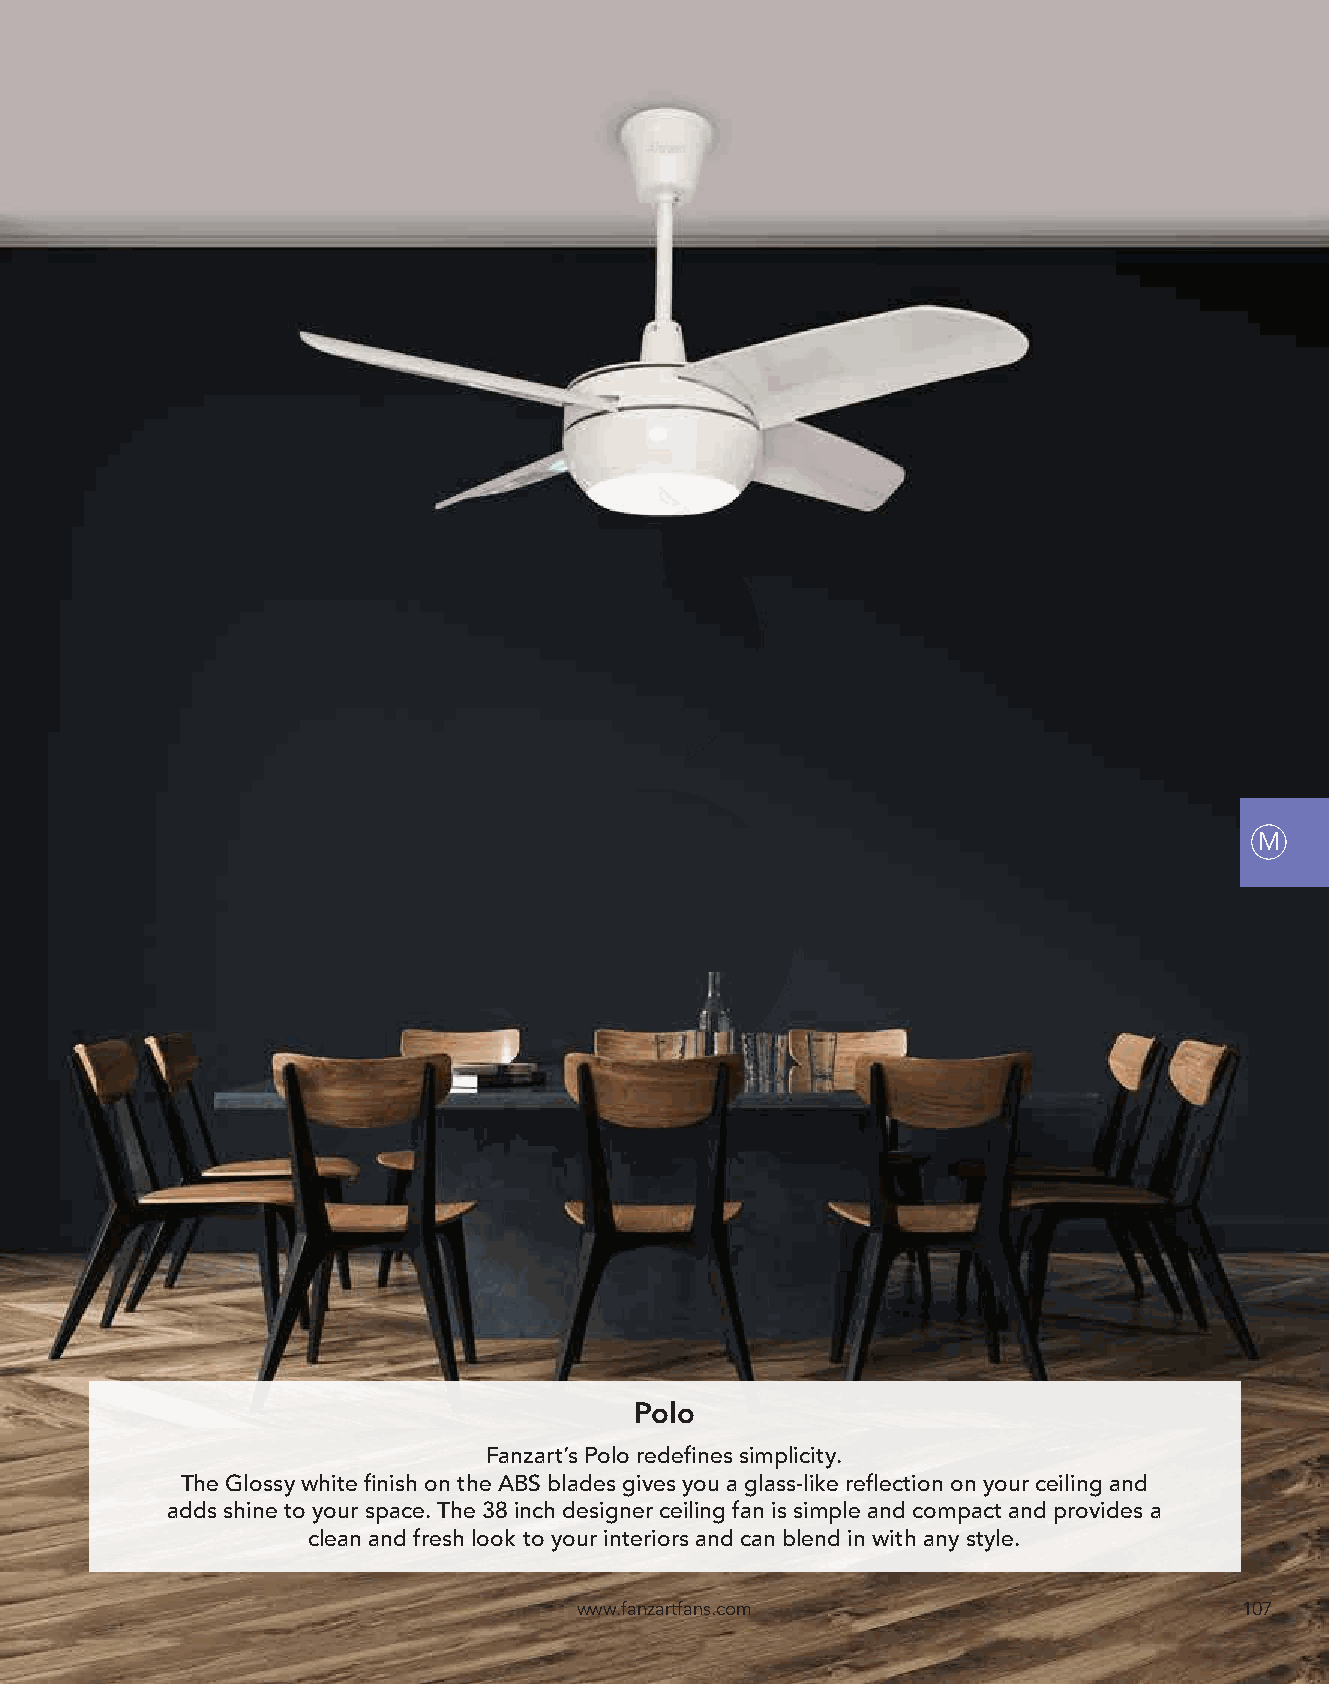
M
 Polo
 Fanzart’s Polo redefines simplicity.
 The Glossy white finish on the ABS blades gives you a glass-like reflection on your ceiling and
 adds shine to your space. The 38 inch designer ceiling fan is simple and compact and provides a
 clean and fresh look to your interiors and can blend in with any style.
 www.fanzartfans.com                         107